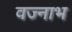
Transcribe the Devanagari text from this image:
वज्नाभ